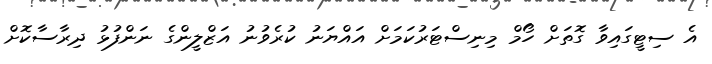
އެ ސިޓީގައިވާ ގޮތަށް ހޯމް މިނިސްޓަރުކަމަށް އައްޔަނު ކުރެވުނު އަޒްލީންގެ ނަންފުޅު ދިރާސާކޮށް